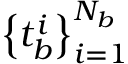
\left\{ t _ { b } ^ { i } \right\} _ { i = 1 } ^ { N _ { b } }